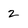
Character: z